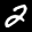
Label: 2